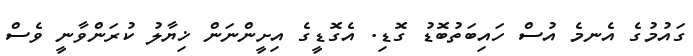
ގައުމުގެ އެނމެ އުސް ހައިބަތުބޮޑު ގޮޑި. އެގޮޑީގެ އިށީންނަން ޚިޔާލު ކުރަންވާނީ ވެސް